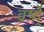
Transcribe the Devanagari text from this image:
वर्षो्ं